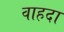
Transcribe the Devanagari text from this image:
वाहदा